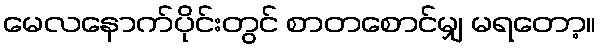
မေလနောက်ပိုင်းတွင် စာတစောင်မျှ မရတော့။